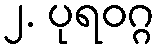
၂. ပုရဝဂ္ဂ